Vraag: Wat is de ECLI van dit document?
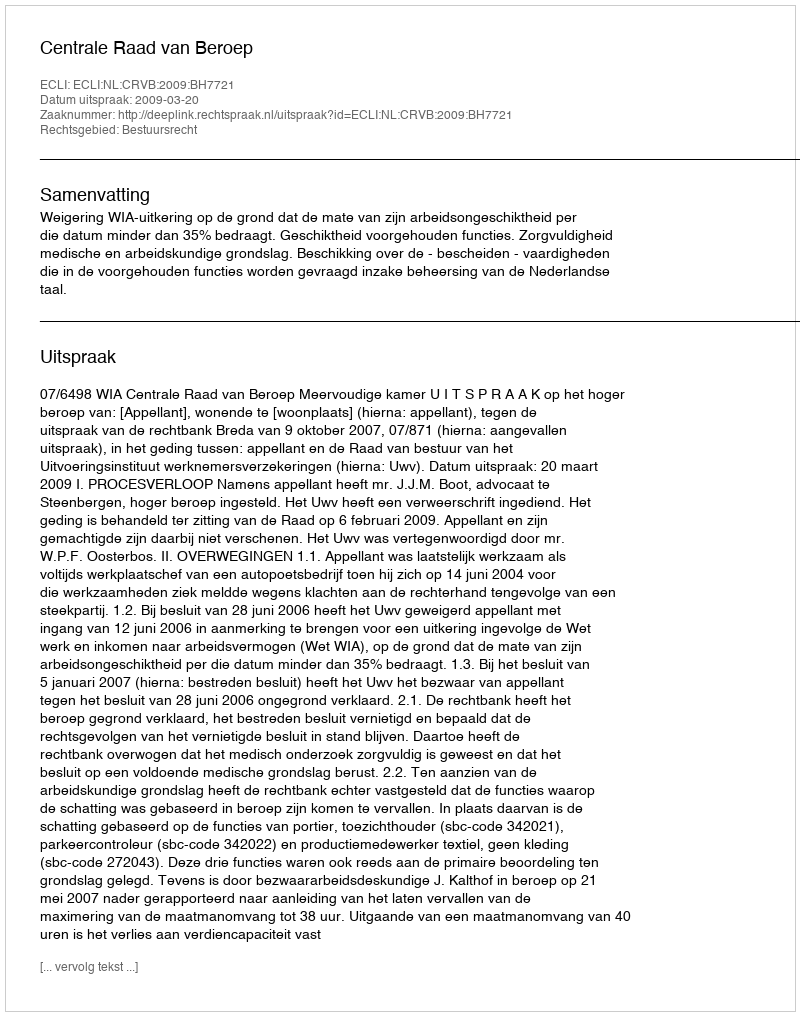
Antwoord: ECLI:NL:CRVB:2009:BH7721